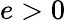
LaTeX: e>0